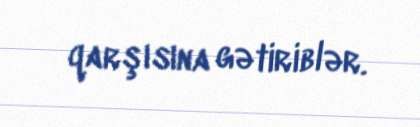
qarşısına gətiriblər.